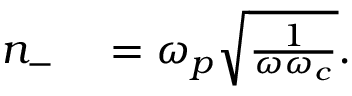
\begin{array} { r l } { n _ { - } } & { { } = \omega _ { p } \sqrt { \frac { 1 } { \omega \omega _ { c } } } . } \end{array}